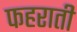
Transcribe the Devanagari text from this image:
फहराती